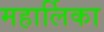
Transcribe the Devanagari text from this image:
महार्लिका